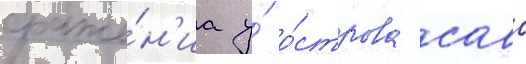
сраже́н'иа у́ о́строва саво